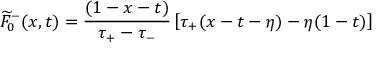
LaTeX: \widetilde { F } _ { 0 } ^ { - } ( x , t ) = { \frac { ( 1 - x - t ) } { \tau _ { + } - \tau _ { - } } } \left[ \tau _ { + } ( x - t - \eta ) - \eta ( 1 - t ) \right]